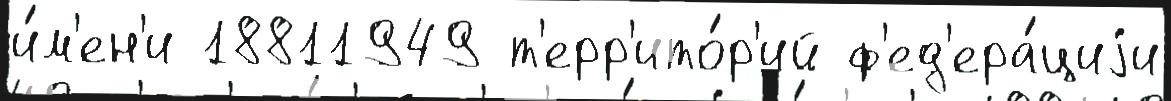
и́м'ен'и 18811949 т'ерр'ито́р'ий ф'ед'ера́циjи